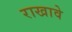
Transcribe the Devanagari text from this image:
राखावे